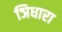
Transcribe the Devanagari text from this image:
ञिधारा